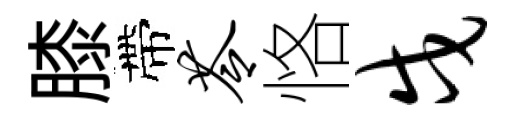
膝帶苓恪戍